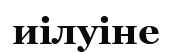
иілуіне